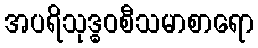
အပရိသုဒ္ဓဝစီသမာစာရော